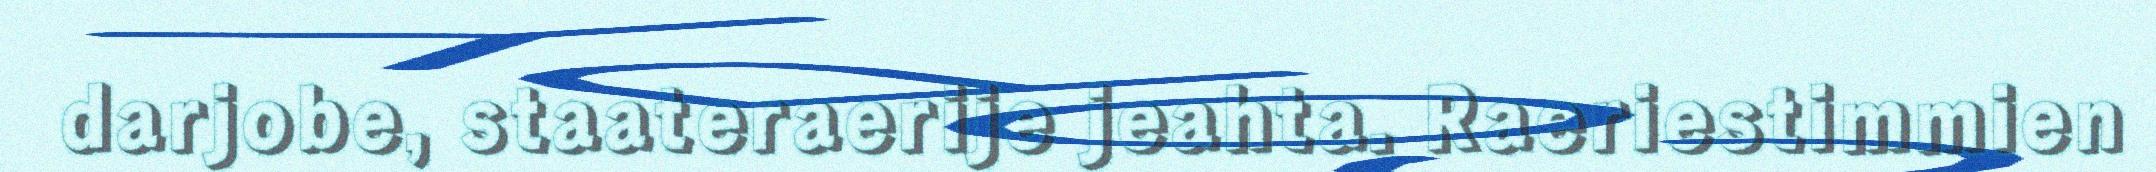
darjobe, staateraerije jeahta. Raeriestimmien